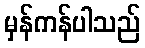
မှန်ကန်ပါသည်